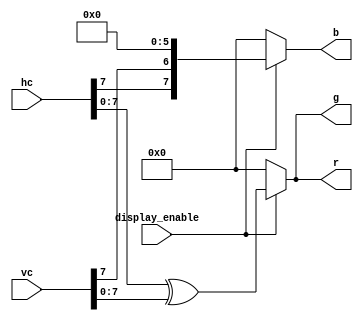
`timescale 1ns / 1ns
`default_nettype none

//////////////////////////////////////////////////////////////////////////////////
// Company: 
// Engineer: 
// 
// Design Name: 
// Module Name:    fondo 
// Project Name: 
// Target Devices: 
// Tool versions: 
// Description: 
//
// Dependencies: 
//
// Revision: 
// Revision 0.01 - File Created
// Additional Comments: 
//
//////////////////////////////////////////////////////////////////////////////////

module fondo (
  input wire [10:0] hc,
  input wire [10:0] vc,
  input wire display_enable,
  output reg [7:0] r,
  output reg [7:0] g,
  output reg [7:0] b
  );

  always @* begin
    if (display_enable == 1'b1) begin
      r = hc[7:0] ^ vc[7:0];
      g = hc[7:0] ^ vc[7:0];
      b = {hc[7], vc[7], 6'b000000};
    end
    else begin
      r = 8'h00;
      g = 8'h00;
      b = 8'h00;
    end
  end
endmodule

`default_nettype wire